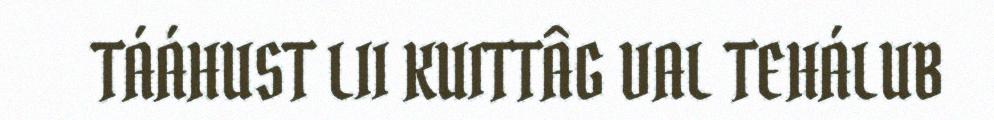
TÁÁHUST LII KUITTÂG VAL TEHÁLUB